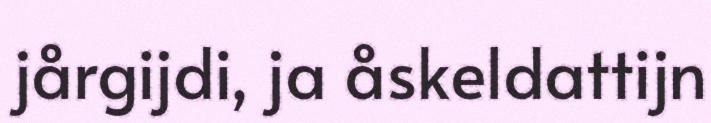
jårgijdi, ja åskeldattijn